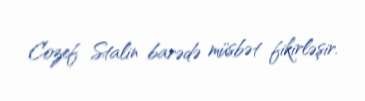
Cozef Stalin barədə müsbət fikirləşir.